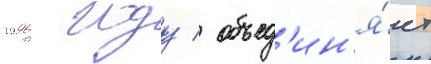
1996 году / объед'ин'я́ет